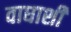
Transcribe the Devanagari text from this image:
वाघाशी